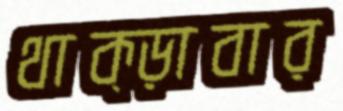
থাক্‌ড়াবার